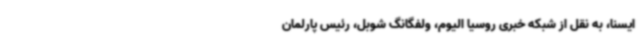
ایسنا، به نقل از شبکه خبری روسیا الیوم، ولفگانگ شوبل، رئیس پارلمان